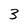
Character: 3